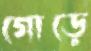
গোড়ে